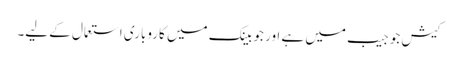
کیش جو جیب میں ہے اور جو بینک میں کاروباری استعمال کے لیے۔